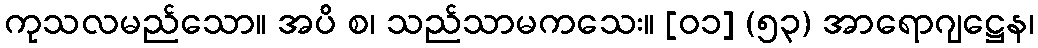
ကုသလမည်သော။ အပိ စ၊ သည်သာမကသေး။ [၀၁] (၅၃) အာရောဂျဋ္ဌေန၊